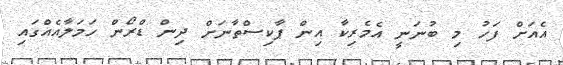
އެއަށް ފަހު މި ބުނަނީ އެމެރިކާ އިން ޕާކިސްތާނަށް ދިން ޑްރޯން ހަމަލާއެއްގައި